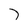
Character: 7